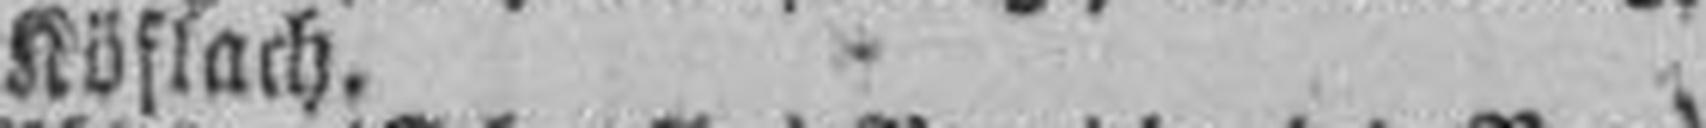
Köflach.